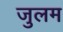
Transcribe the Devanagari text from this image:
जुलम